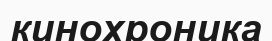
кинохроника